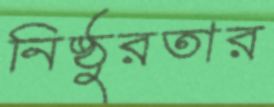
নিষ্ঠুরতার